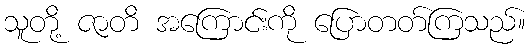
သူတို့ ဇာတိ အကြောင်းကို ပြောတတ်ကြသည်။